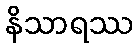
နိသာရဿ